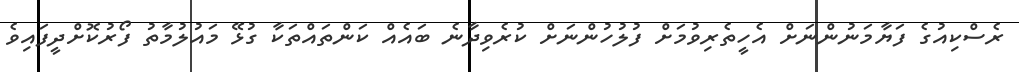
ރެސްކިއުގެ ފަޔާމަނުންނަށް އެހީތެރިވުމަށް ފުލުހުންނަށް ކުރެވިދާނެ ބައެއް ކަންތައްތަކާ ގުޅޭ މައުލުމާތު ފޯރުކޮށްދީފައިވެ